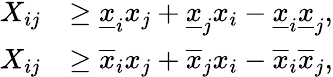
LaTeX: \begin{array}{rl}{X_{ij}}&{\geq\underline{{x}}_{i}x_{j}+\underline{{x}}_{j}x_{i}-\underline{{x}}_{i}\underline{{x}}_{j},}\\ {X_{ij}}&{\geq\overline{{x}}_{i}x_{j}+\overline{{x}}_{j}x_{i}-\overline{{x}}_{i}\overline{{x}}_{j},}\end{array}